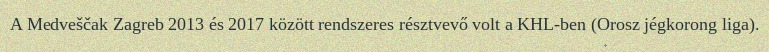
A Medveščak Zagreb 2013 és 2017 között rendszeres résztvevő volt a KHL-ben (Orosz jégkorong liga).